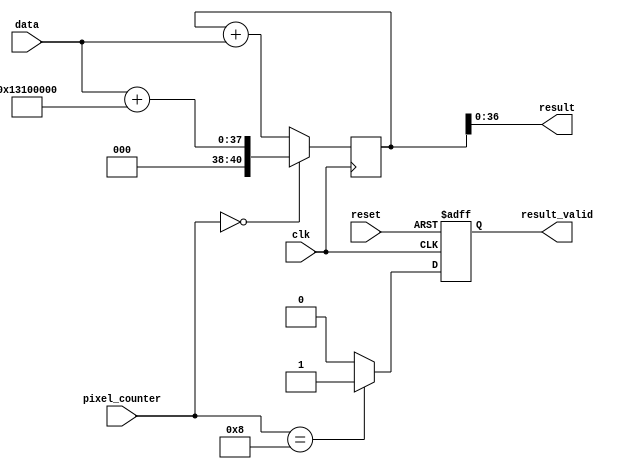
 //==============================================================================
 //  Component      : 
 //  Description    : 
 //  
 //  
 //==============================================================================

module accumulater(
  // System Signal 
  input wire                clk,
  input wire                reset,
  // Result 
  output reg signed [36:0]  result, // 1 signed + 4 integer + 32 fraction
  output reg                result_valid,
  // Connect Multiplier
  input wire signed [36:0]  data,
  input wire [3:0]          pixel_counter
);



  // Convolution Parameter Bias
  // Description :
  //    The original declare type is 4 bits integer plus 16 bits fraction, 
  //    with vlaue never exceeding 1,So I Reduce the integer bits
  // Type : 16 bits fraction 
  parameter BIAS = 16'h1310;
  
  reg signed [40:0] accumulate_value;
  // Description                            
  always@(posedge clk)begin :accumulater
    if(pixel_counter == 0) begin
      accumulate_value <= data + ({BIAS,{16{1'b0}}});
    end
    else begin
      accumulate_value <= accumulate_value + data;
    end
  end 
  
  always@(posedge clk or posedge reset)begin
    if(reset)begin
      result_valid <= 0;
    end
    else begin
      result_valid  <= pixel_counter == 8 ? 1'b1 : 1'b0;
    end
  end
 
  always@(*)begin
    result  = accumulate_value ;
  end

    
endmodule